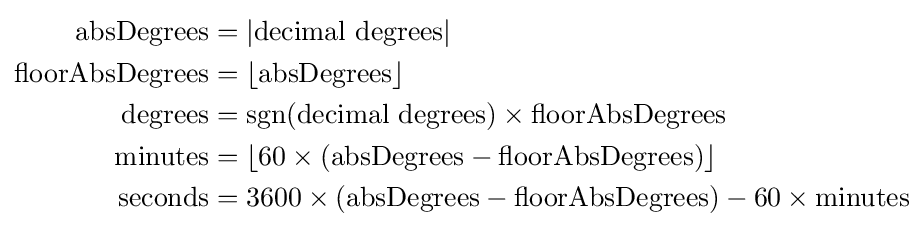
{\begin{aligned}{\rm {absDegrees}}&=|{\rm {{decimal\ degrees}|}}\\{\rm {floorAbsDegrees}}&=\lfloor {\rm {{absDegrees}\rfloor }}\\{\rm {degrees}}&=\operatorname {sgn}({\rm {{decimal\ degrees})\times {\rm {floorAbsDegrees}}}}\\{\rm {minutes}}&=\lfloor 60\times ({\rm {{absDegrees}-{\rm {{floorAbsDegrees})\rfloor }}}}\\{\rm {seconds}}&=3600\times ({\rm {{absDegrees}-{\rm {{floorAbsDegrees})-60\times {\rm {minutes}}}}}}\\\end{aligned}}